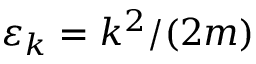
\varepsilon _ { k } = k ^ { 2 } / ( 2 m )